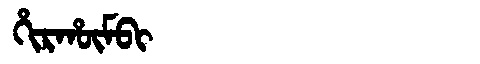
Manchu: ᡥᡳᡵᡥᡡᠮᠪᡳ
Romanization: HIRHŪMBI